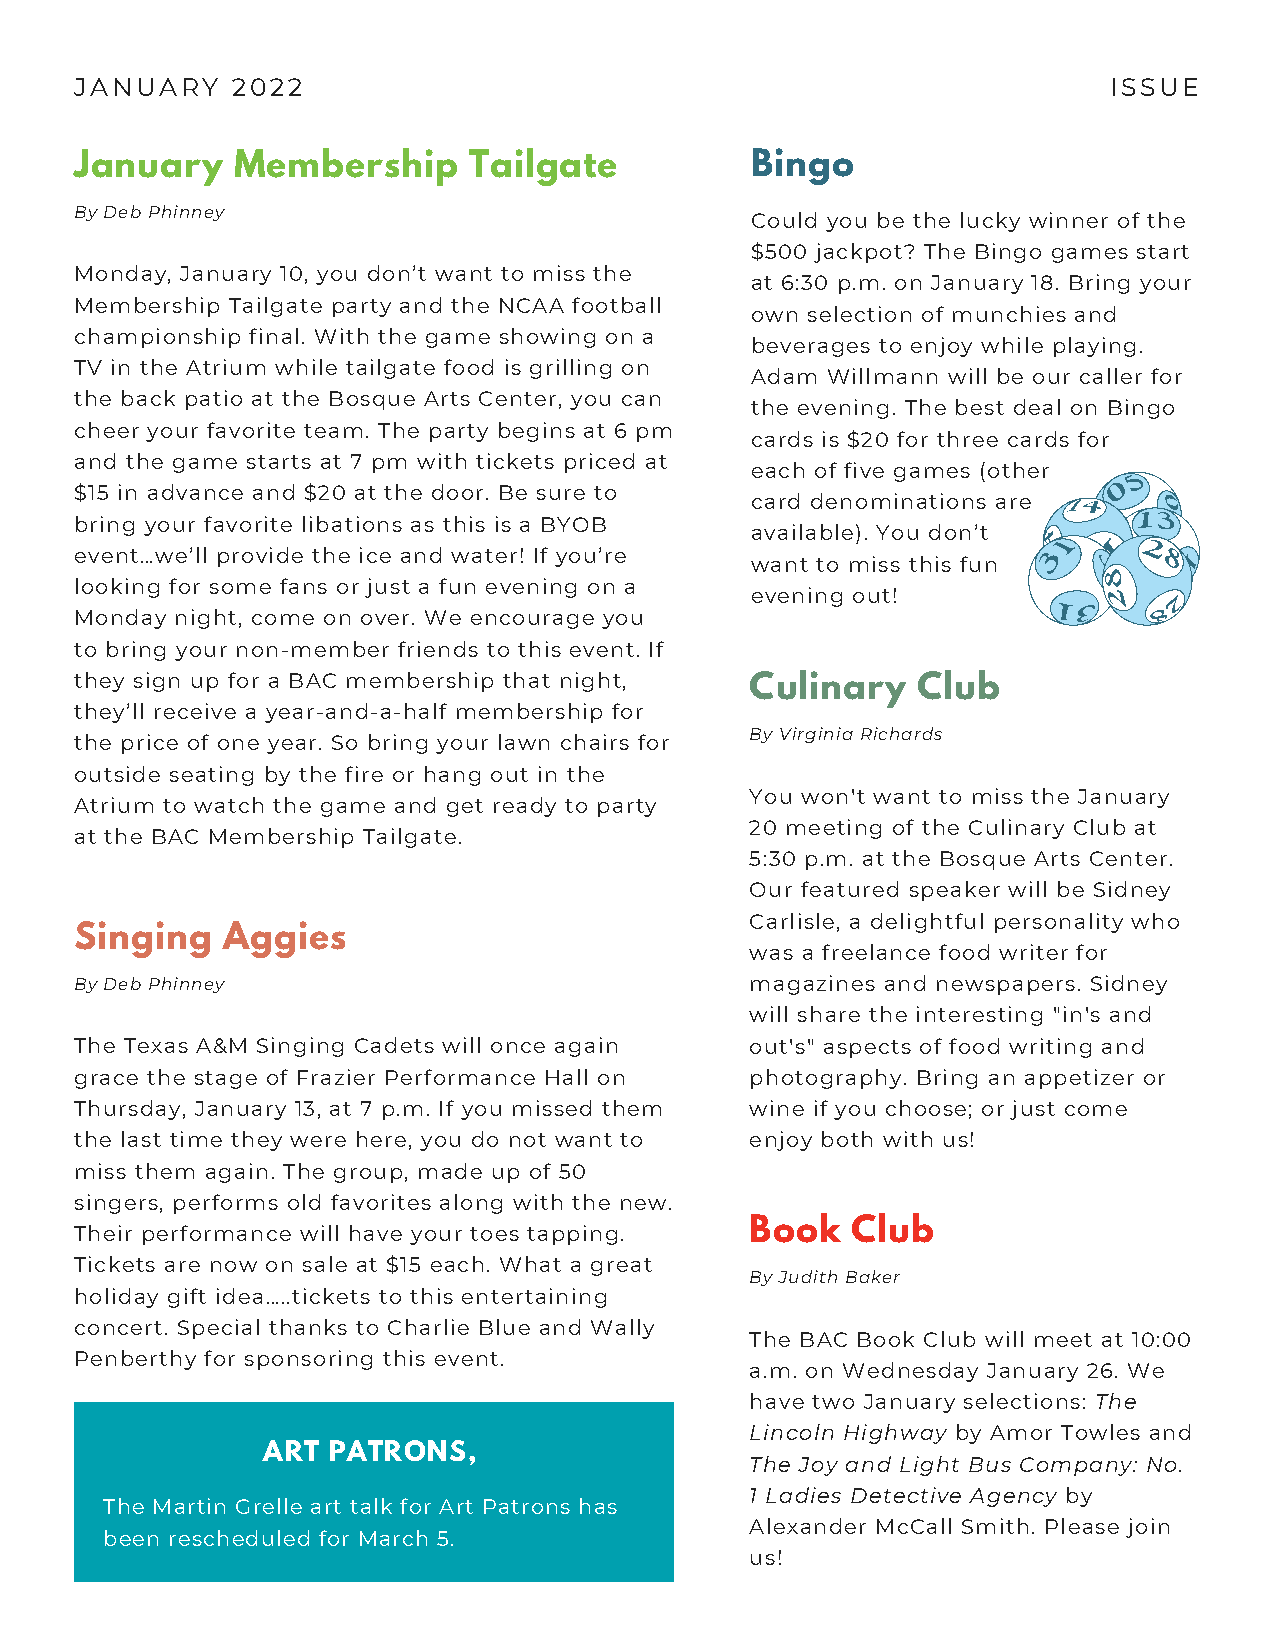
JANUARY   2022                                                      ISSUE
 January   Membership      Tailgate           Bingo
 By Deb Phinney
 Could you be the lucky winner of the
 $500 jackpot? The Bingo games start
 Monday, January 10, you don’t want to miss the
 at 6:30 p.m. on January 18. Bring your
 Membership Tailgate party and the NCAA football
 own selection of munchies and
 championship final. With the game showing on a
 beverages to enjoy while playing.
 TV in the Atrium while tailgate food is grilling on
 Adam Willmann will be our caller for
 the back patio at the Bosque Arts Center, you can
 the evening. The best deal on Bingo
 cheer your favorite team. The party begins at 6 pm
 cards is $20 for three cards for
 and the game starts at 7 pm with tickets priced at
 each of five games (other
 $15 in advance and $20 at the door. Be sure to
 card denominations are
 bring your favorite libations as this is a BYOB
 available). You don’t
 event…we’ll provide the ice and water! If you’re
 want to miss this fun
 looking for some fans or just a fun evening on a
 evening out!
 Monday night, come on over. We encourage you
 to bring your non-member friends to this event. If
 they sign up for a BAC membership that night, Culinary  Club
 they’ll receive a year-and-a-half membership for
 By Virginia Richards
 the price of one year. So bring your lawn chairs for
 outside seating by the fire or hang out in the
 You won't want to miss the January
 Atrium to watch the game and get ready to party
 20 meeting of the Culinary Club at
 at the BAC Membership Tailgate.
 5:30 p.m. at the Bosque Arts Center.
 Our featured speaker will be Sidney
 Carlisle, a delightful personality who
 Singing   Aggies
 was a freelance food writer for
 By Deb Phinney                               magazines and newspapers. Sidney
 will share the interesting "in's and
 The Texas A&M Singing Cadets will once again out's" aspects of food writing and
 grace the stage of Frazier Performance Hall on photography. Bring an appetizer or
 Thursday, January 13, at 7 p.m. If you missed them wine if you choose; or just come
 the last time they were here, you do not want to enjoy both with us!
 miss them again. The group, made up of 50
 singers, performs old favorites along with the new.
 Their performance will have your toes tapping. Book Club
 Tickets are now on sale at $15 each. What a great
 By Judith Baker
 holiday gift idea…..tickets to this entertaining
 concert. Special thanks to Charlie Blue and Wally
 The BAC Book Club will meet at 10:00
 Penberthy for sponsoring this event.
 a.m. on Wednesday January 26. We
 have two January selections: The
 Lincoln Highway by Amor Towles and
 ART  PATRONS,
 The Joy and Light Bus Company: No.
 1 Ladies Detective Agency by
 The Martin Grelle art talk for Art Patrons has
 Alexander McCall Smith. Please join
 been rescheduled for March 5.
 us!